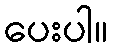
ပေးပါ။